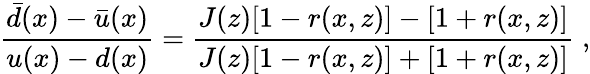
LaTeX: \frac{\bar{d}(x)-\bar{u}(x)}{u(x)-d(x)}=\frac{J(z)[1-r(x,z)]-[1+r(x,z)]}{J(z)[1-r(x,z)]+[1+r(x,z)]}\; ,